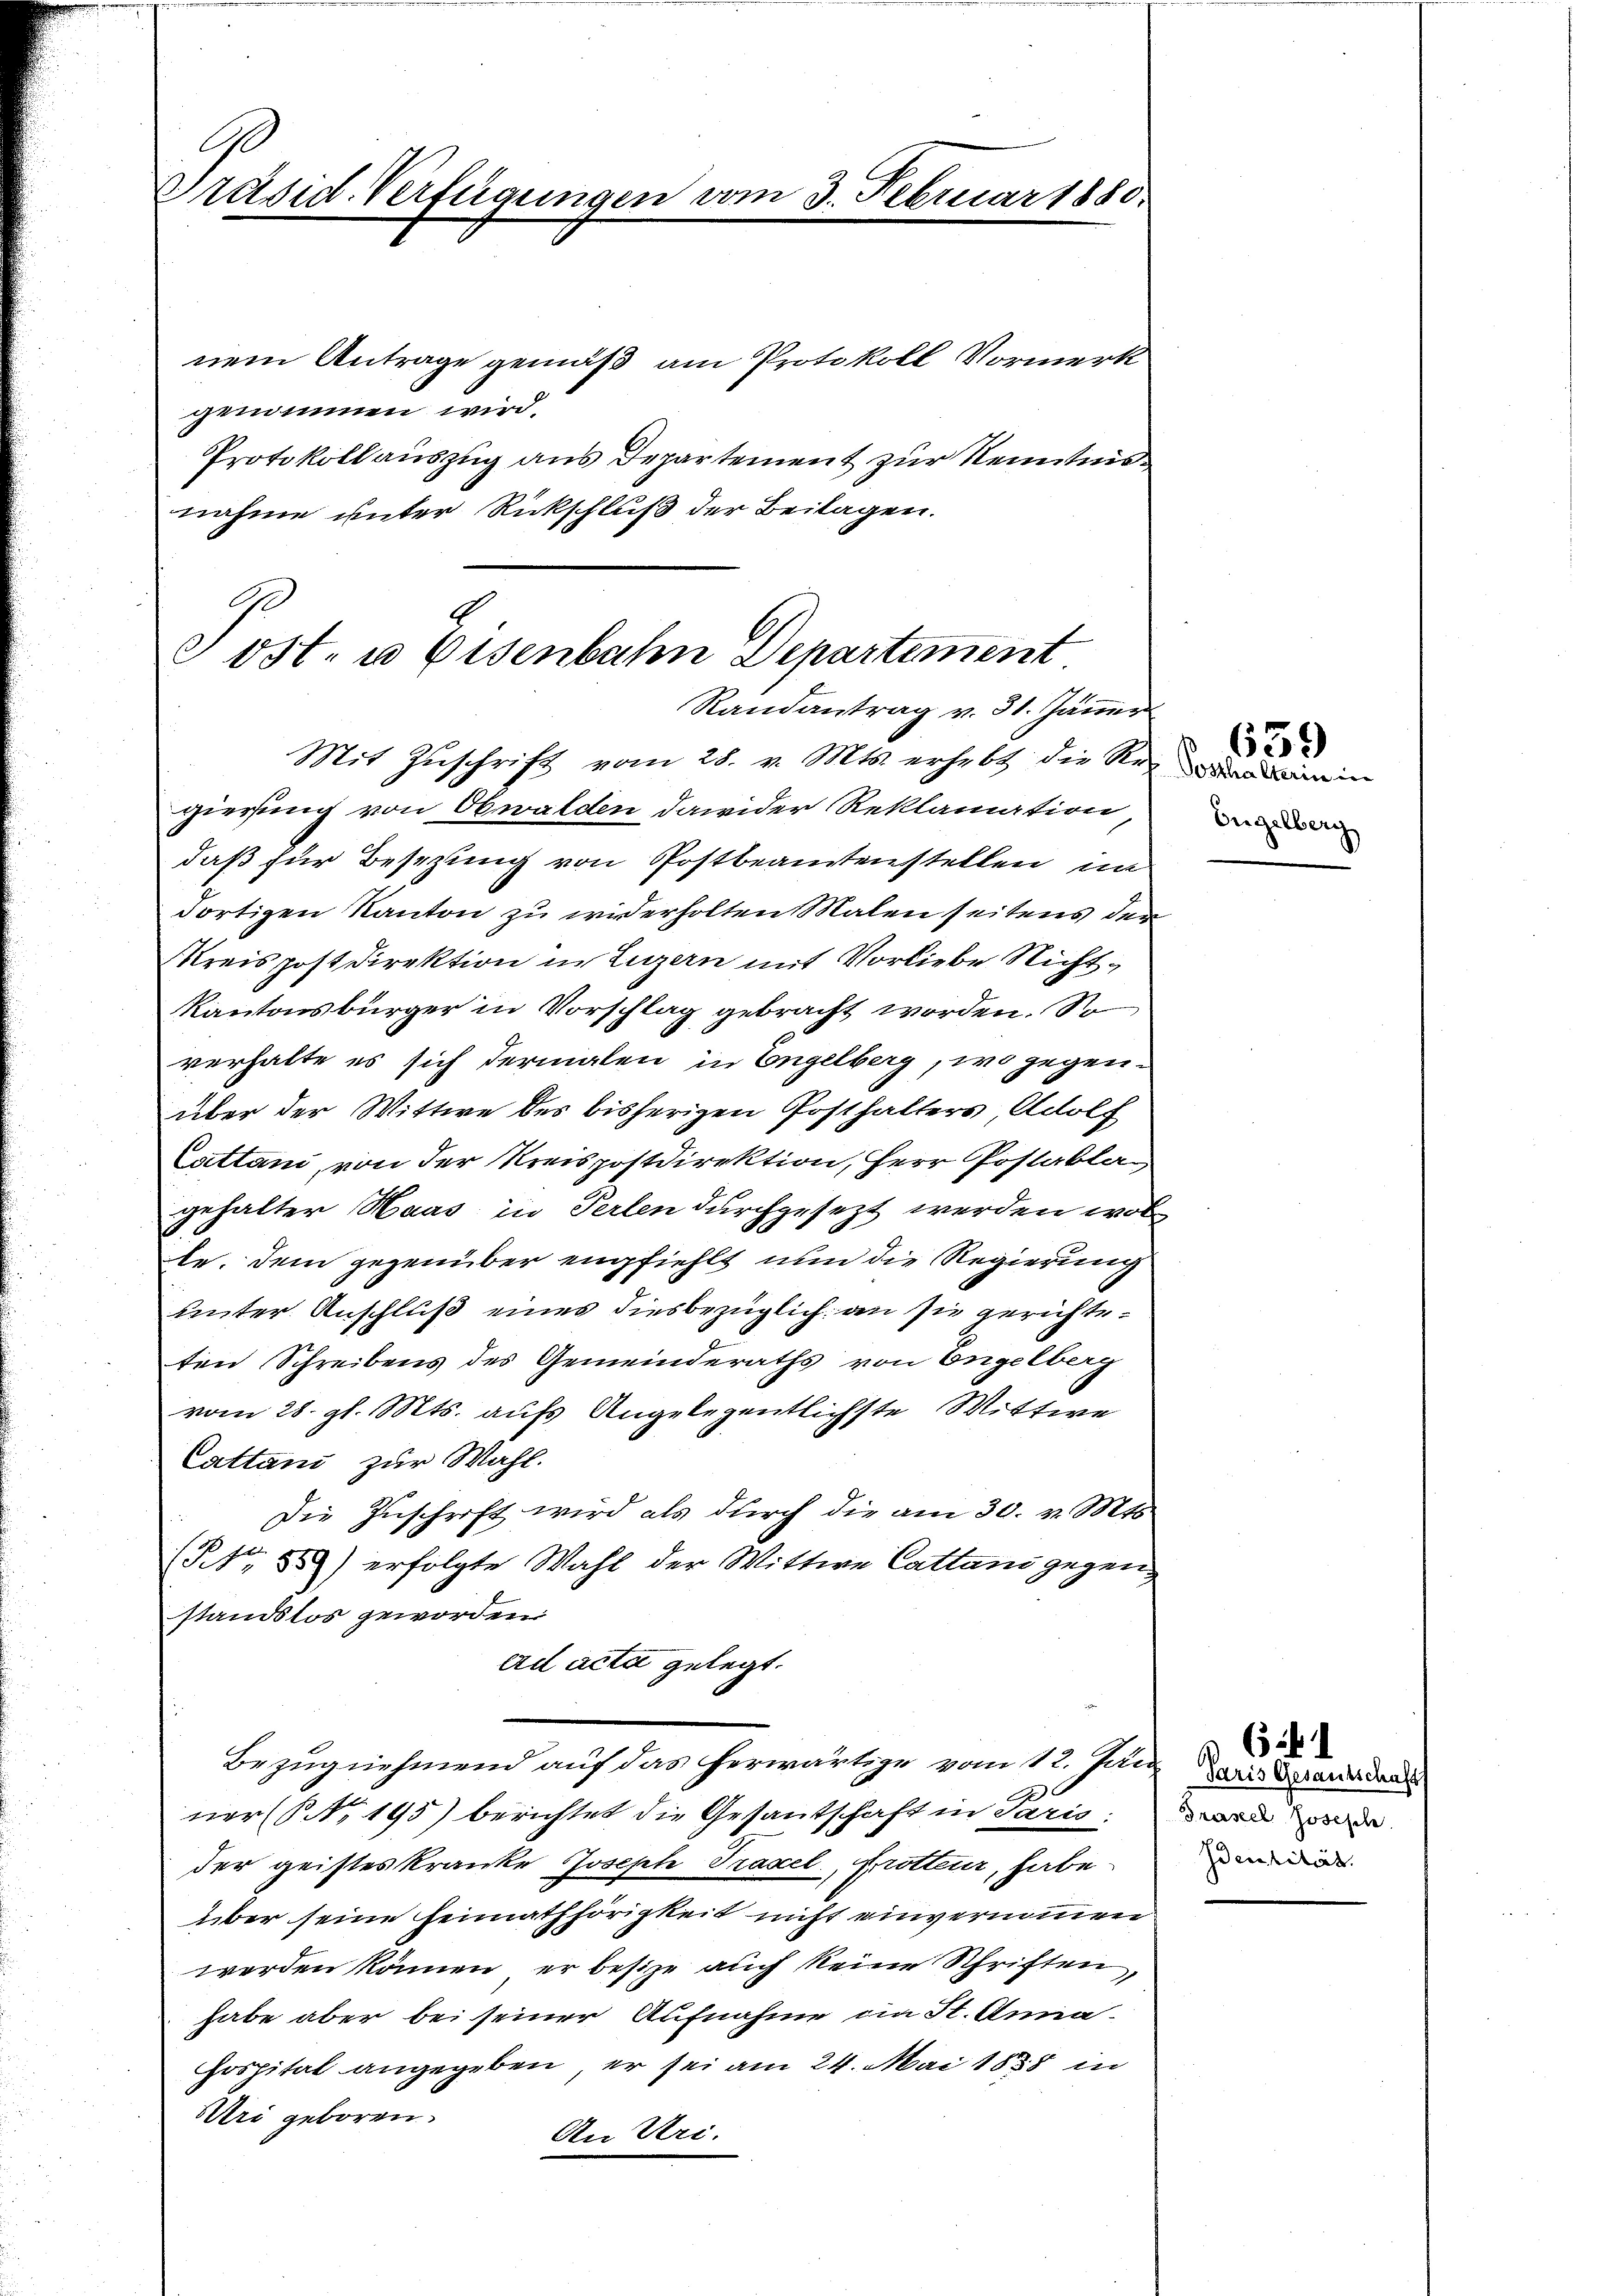
Präsid. Verfügungen vom 3. Februar 1880

nem Antrage gemäß am Protokoll Vormerk
genommen wird.
Protokollauszug aus Departement zur Kenntnisnahme unter Rückschluß der Beilagen.

Post- u Eisenbahn Departement
Randantrag v. 31. Jänner

Mit Zuschrift vom 28. v. Mts. erhebt die Rein
gierung von Obwalden dawider Reklamation,
daß für Besizung von Postbeamtenstellen im
dortigen Kanton zu wisserholten Malen seitens der
Kreis post Direktion in Luzern mit Vorliebe Nicht¬
Kantonsbürger in Vorschlag gebracht worden. So
verhalte es sich dermalen in Engelberg, wo gegenüber der Wittwe des bisherigen Posthalters Adolf
Cattani, von der Kreispostdirektion, Herr Postabla
gehalter Haas in Perlen durchgesezt werden wol
le. Dem gegenüber empfiehlt nun die Regierung
unter Anschluß eines diesbezüglich an sie gerichteten Schreibens des Gemeinderaths von Engelberg
vom 28. gl. Mts. aufs Angelegentlichste Wittwe
Cattani zur Wahl.
Die Zuschrift wird als durch die am 30. v. Mts.
(No. 559) erfolgte Wahl der Wittwe Cattani gegen
standslos geworden
ad acta gelegt.
Bezugnehmend auf das herwärtige vom 12. Juni der Stand
2
ner (§ 195) berichtet die Gesantschaft in Paris: Will de
der geisteskranke Joseph Trasel, Protteur, habe
über seine Heimathörigkeit nicht einvernommen
werden können, er besize auch keine Schriften,
habe aber bei seiner Aufnahme in St. Anna-
Hospital angegeben, er sei am 24. Mai 1888 in
Uri geboren.
An Uri.

Engelberg

659

Identität.

(1